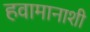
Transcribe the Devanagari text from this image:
हवामानाशी